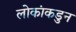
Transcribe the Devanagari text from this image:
लोकांकडुन